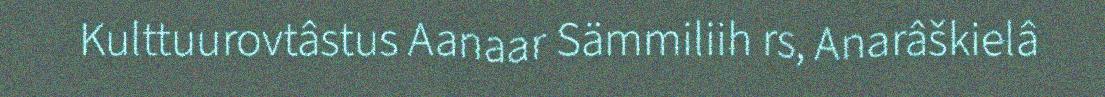
Kulttuurovtâstus Aanaar Sämmiliih rs, Anarâškielâ